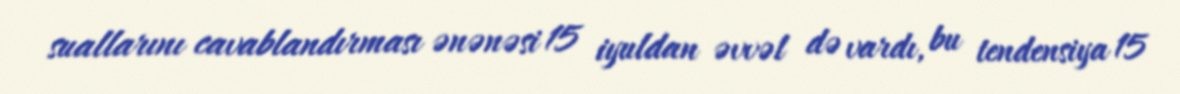
suallarını cavablandırması ənənəsi 15 iyuldan əvvəl də vardı, bu tendensiya 15